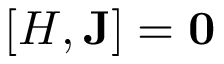
[ H , \mathbf { J } ] = \mathbf { 0 }